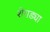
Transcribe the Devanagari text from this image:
शेगड्या